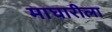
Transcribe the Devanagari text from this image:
माघारीला